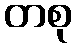
တစု